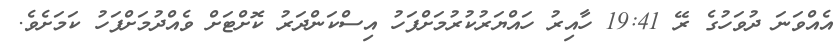
އެއްވަނަ ދުވަހުގެ ރޭ 19:41 ހާއިރު ހައްޔަރުކުރުމަށްފަހު އިސްކަންދަރު ކޮށްޓަށް ވެއްދުމަށްފަހު ކަމަށެވެ.